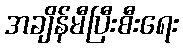
အချိန်မီပြီးစီးရေး